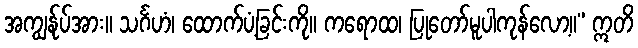
အကျွန်ုပ်အား။ သင်္ဂဟံ၊ ထောက်ပံ့ခြင်းကို။ ကရောထ၊ ပြုတော်မူပါကုန်လော့။” ဣတိ